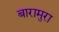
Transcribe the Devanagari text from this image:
बारामुरा